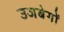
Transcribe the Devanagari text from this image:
उजबेगों